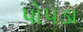
પોપડા